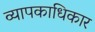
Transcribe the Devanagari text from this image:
व्यापकाधिकार